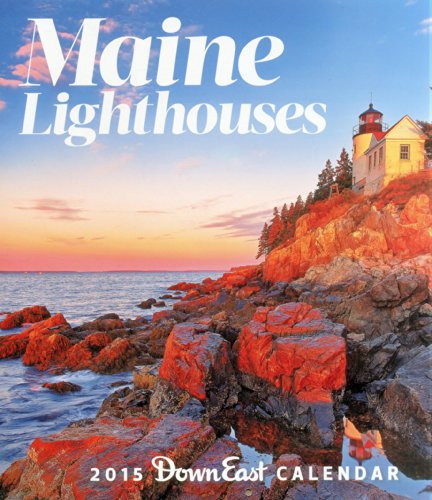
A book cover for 2015 Maine Lighthouse Wall Calendar; Publishers of Down East; Calendars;